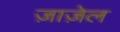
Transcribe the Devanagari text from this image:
ज़ाज़ेल